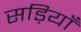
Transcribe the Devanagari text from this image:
सड़ियाँ